Annual administration report of the Civil Veterinary Department, Sind - 1944-1945
Year: 1944
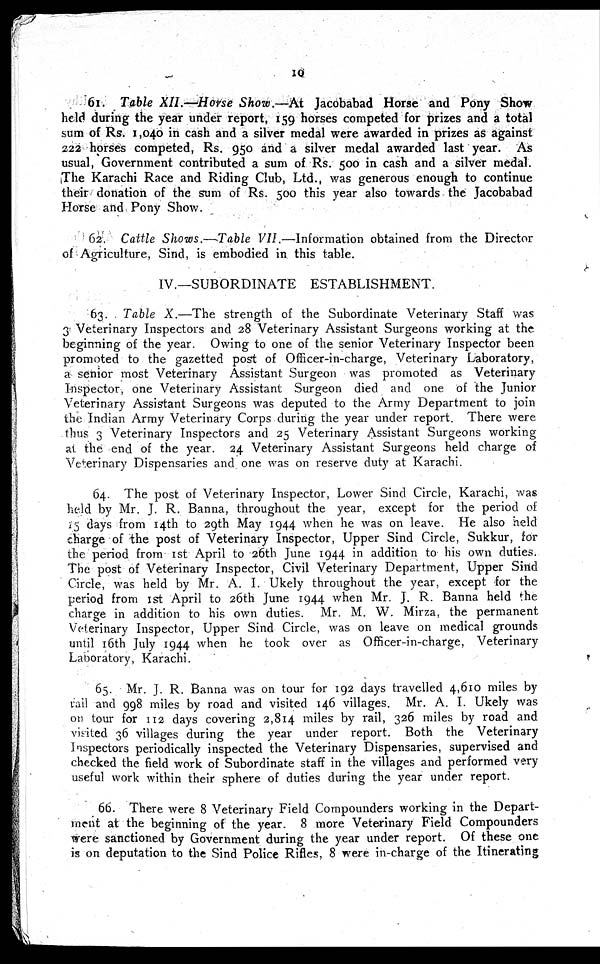
10
61. Table XII.—Horse Show.—At
Jacobabad Horse and Pony Show
held during the year under report, 159 horses competed for prizes and a total
sum of Rs. 1,040 in cash and a silver medal were awarded in prizes as against
222 horses competed, Rs. 950 and a silver medal awarded last year. As
usual, Government contributed a sum of Rs. 500 in cash and a silver medal.
The Karachi Race and Riding Club, Ltd., was generous enough to continue
their donation of the sum of Rs. 500 this year also towards the Jacobabad
Horse and Pony Show.
62. Cattle Shows.—Table VII.—Information obtained from the Director
of Agriculture, Sind. is embodied in this table.
IV.—SUBORDINATE ESTABLISHMENT.
63. Table X.- The strength of the Subordinate Veterinary Staff was
3 Veterinary Inspectors and 28 Veterinary Assistant Surgeons working at the
beginning of the year. Owing to one of the senior Veterinary Inspector been
promoted to the gazetted post of Officer-in-charge, Veterinary Laboratory,
a senior most Veterinary Assistant Surgeon was promoted as Veterinary
Inspector, one Veterinary Assistant Surgeon died and one of the Junior
Veterinary Assistant Surgeons was deputed to the Army Department to join
the Indian Army Veterinary Corps during the year under report. There were
thus 3 Veterinary Inspectors and 25 Veterinary Assistant Surgeons working
at the end of the year. 24 Veterinary Assistant Surgeons held charge of
Veterinary Dispensaries and one was on reserve duty at Karachi.
64. The post of Veterinary Inspector. Lower Sind Circle. Karachi, was
held by Mr. J. R. Banna, throughout the year, except for the period of
15 days from 14th to 29th May 1944 when he was on leave. He also held
charge of the post of Veterinary Inspector. Upper Sind Circle. Sukkur, for
the period from 1st April to 26th June 1944 in addition to his own duties.
The post of Veterinary Inspector, Civil Veterinary Department. Upper Sind
Circle, was held by Mr. A. I. Ukely throughout the year, except for the
period from 1st April to 26th June 1944 when Mr. J. R. Banna held the
charge in addition to his own duties. Mr. M. W. Mirza. the permanent
Veterinary Inspector, Upper Sind Circle, was on leave on medical grounds
until 16th July 1944 when he took over as Officer-in-charge. Veterinary
Laboratory, Karachi.
65. Mr. J. R. Banna was on tour for 192 days travelled 4,610 miles by
rail and 998 miles by road and visited 146 villages. Mr. A. I. Ukely was
or tour for 112 days covering 2,814 miles by rail, 326 miles by road and
visited 36 villages during the year under report. Both the Veterinary
Inspectors periodically inspected the Veterinary Dispensaries, supervised and
checked the field work of Subordinate staff in the villages and performed very
useful work within their sphere of duties during the year under report.
66. There were 8 Veterinary Field Compounders working in the Depart-
ment at the beginning of the year. 8 more Veterinary Field Compounders
were sanctioned by Government during the year under report. Of these one
is on deputation to the Sind Police Rifles. 8 were in-charge of the Itinerating